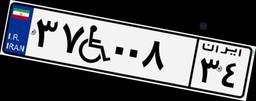
۳۷W۰۰۸۳۴